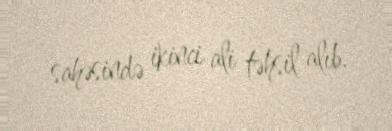
sahəsində ikinci ali təhsil alıb.